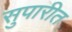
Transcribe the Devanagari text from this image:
सुपारीत